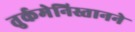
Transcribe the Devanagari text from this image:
तुर्कमेनिस्तानने